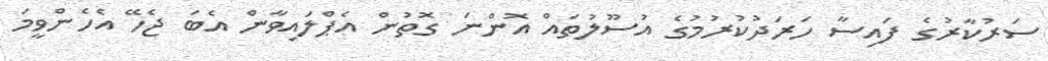
ސަރުކާރުގެ ފައިސާ ހަރަދުކުރުމުގެ އުސޫލުތައް އޮންނަ ގޮތުން އެޕްލައިވާން އެބަ ޖެހޭ އެހެންވީމަ